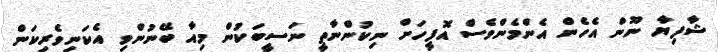
ޝާފިޔާ ނޫން އެހެން އެންމެންވެސް އޮފީހަށް ނިކުންނާތީ ނަސީބަކުން މިއާ ބޭނުންވި އެކަނިވެރިކަން